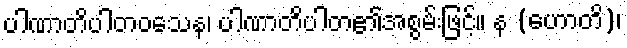
ပါဏာတိပါတဝသေန၊ ပါဏာတိပါတ၏အစွမ်းဖြင့်။ န (ဟောတိ)၊